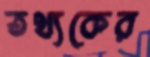
তথ্যকের